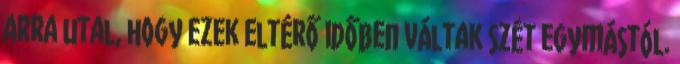
arra utal, hogy ezek eltérő időben váltak szét egymástól.